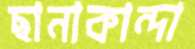
ছানাকান্দা